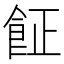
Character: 𩚫